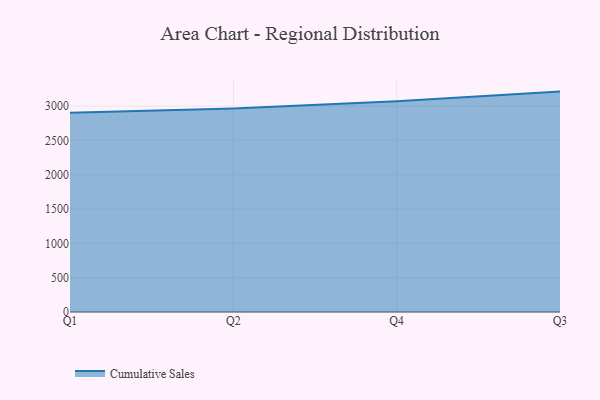
{"axis": {"x": "Quarter", "y": "Latency (ms)"}, "legend": ["Cumulative Sales"], "data": [{"x": "Q1", "y": 2901.5, "type": "Cumulative Sales"}, {"x": "Q2", "y": 2966.2, "type": "Cumulative Sales"}, {"x": "Q4", "y": 3070.7, "type": "Cumulative Sales"}, {"x": "Q3", "y": 3211.4, "type": "Cumulative Sales"}]}